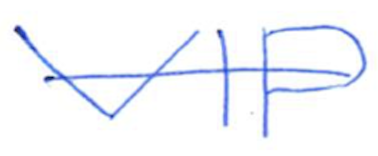
Text: VIP
Cross-out: single-line
Writing tool: ballpoint